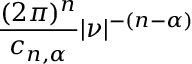
{ \frac { ( 2 \pi ) ^ { n } } { c _ { n , \alpha } } } | { \boldsymbol { \nu } } | ^ { - ( n - \alpha ) }